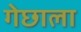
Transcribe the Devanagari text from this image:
गेछाला